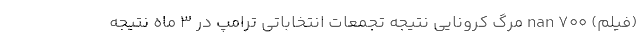
(فیلم) nan 700 مرگ کرونایی نتیجه تجمعات انتخاباتی ترامپ در 3 ماه نتیجه